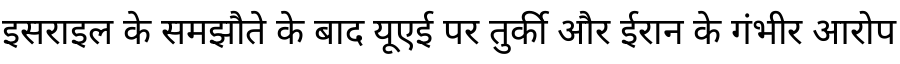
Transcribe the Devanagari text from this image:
इसराइल के समझौते के बाद यूएई पर तुर्की और ईरान के गंभीर आरोप